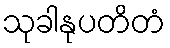
သုခါနုပတိတံ